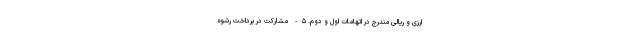
ارزی و ریالی مندرج در اتهامات اول و دوم. ۵- مشارکت در پرداخت رشوه